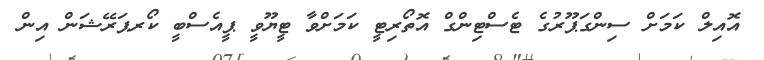
އޮއިލް ކަމަށް ސިންގަޕޫރުގެ ޓެސްޓިންގް އޮތޯރިޓީ ކަމަށްވާ ޓީޔޫވީ ޕީއެސްބީ ކޯރޕަރޭޝަން އިން